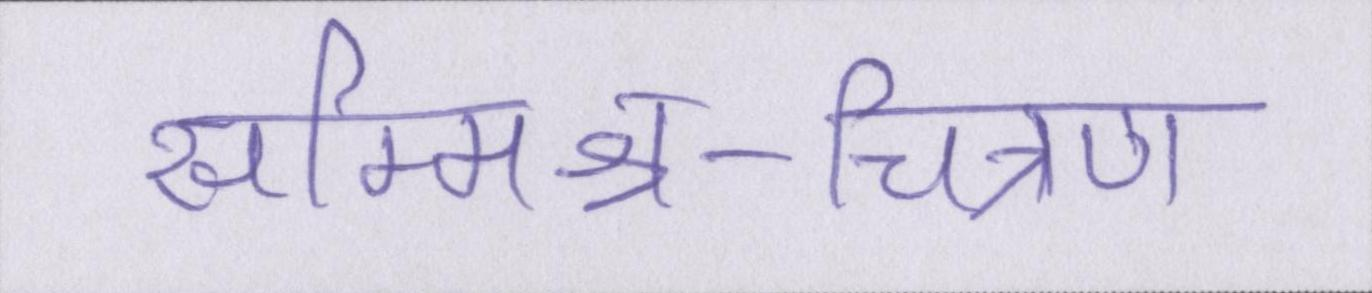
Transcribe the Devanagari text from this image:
सम्मिश्र-चित्रण